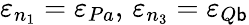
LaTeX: \varepsilon_{n_{1}}=\varepsilon_{Pa},\, \varepsilon_{n_{3}}=\varepsilon_{Q\mathsf{b}}